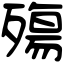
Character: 殤